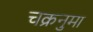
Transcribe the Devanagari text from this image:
चक्रनुमा